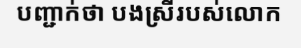
បញ្ជាក់ថា បងស្រីរបស់លោក